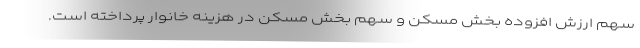
سهم ارزش افزوده بخش مسکن و سهم بخش مسکن در هزینه خانوار پرداخته است.